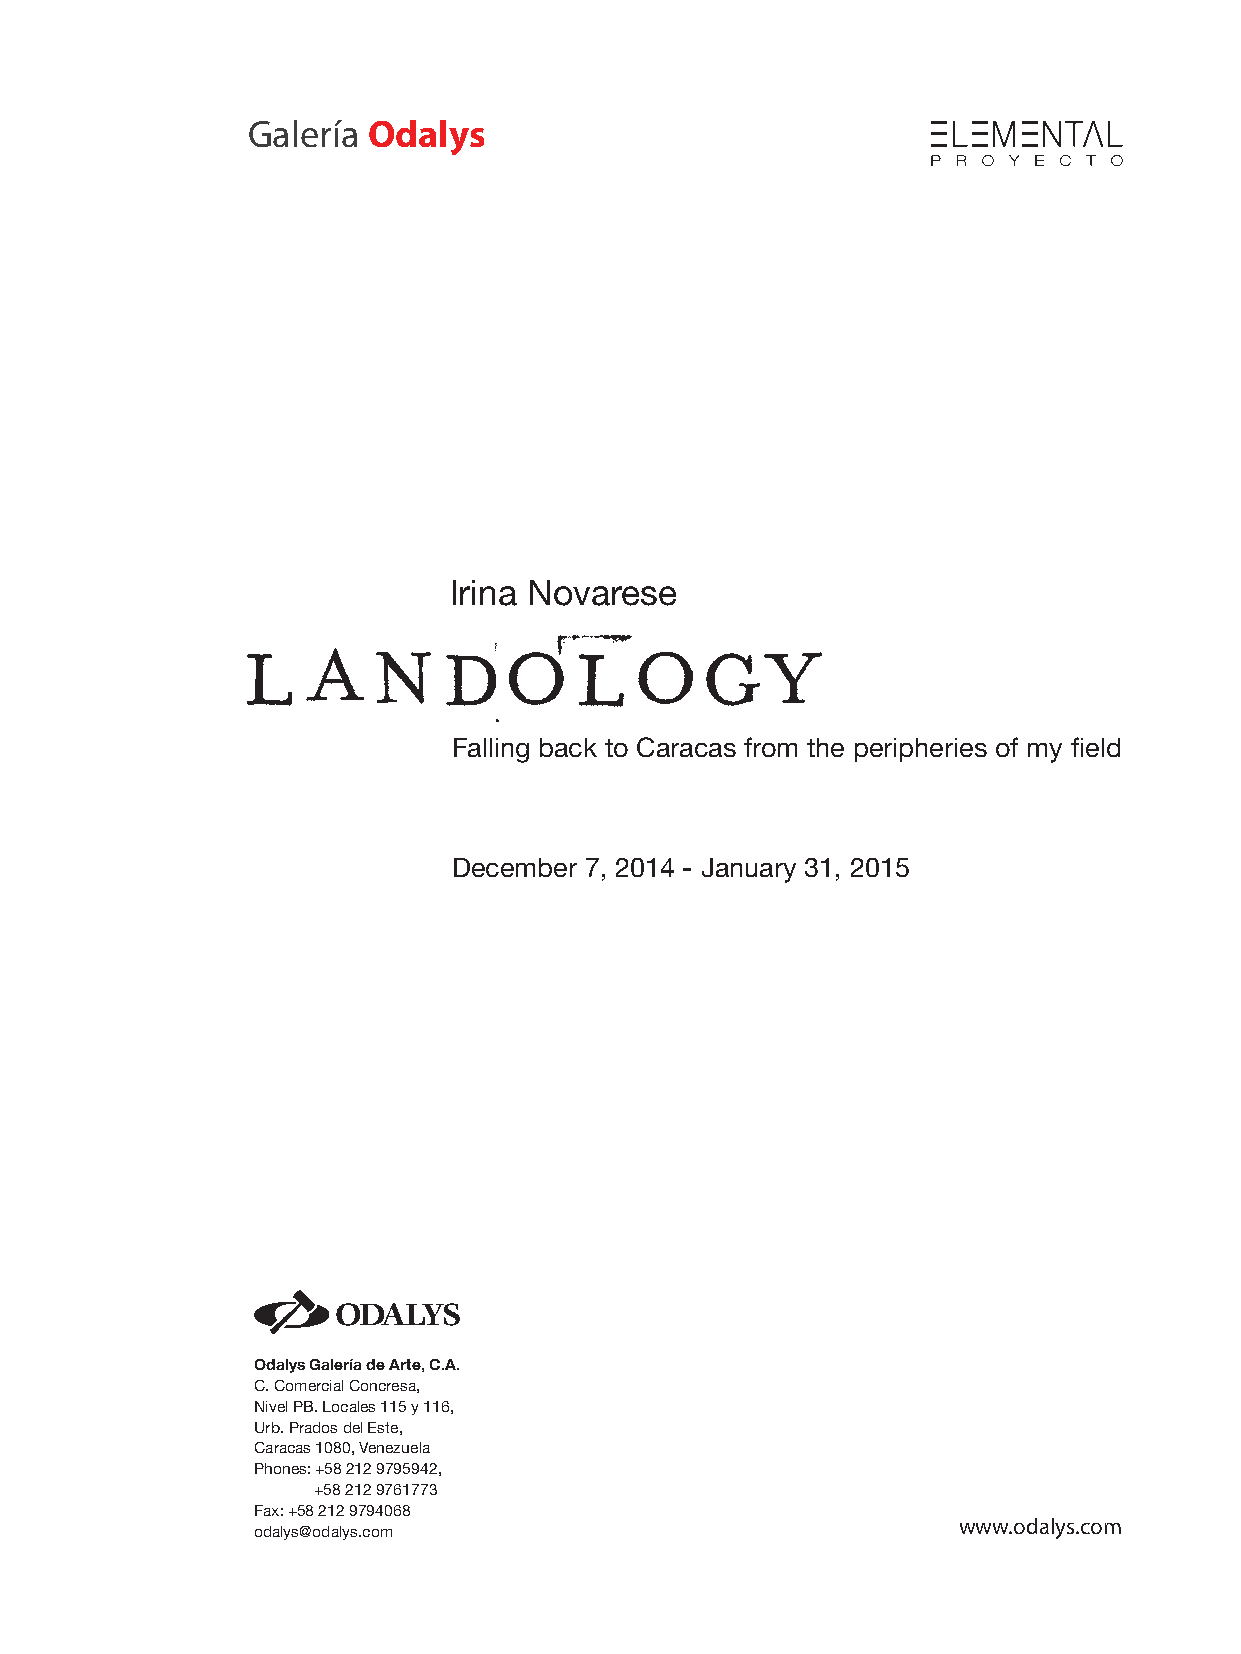
Galería Odalys
 Irina Novarese
 Falling back to Caracas from the peripheries of my field
 December 7, 2014 - January 31, 2015
 Odalys Galería de Arte, C.A.
 C. Comercial Concresa,
 Nivel PB. Locales 115 y 116,
 Urb. Prados del Este,
 Caracas 1080, Venezuela
 Phones: +58 212 9795942,
 +58 212 9761773
 Fax: +58 212 9794068
 www.odalys.com
 odalys@odalys.com